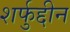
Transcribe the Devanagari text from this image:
शर्फुद्दीन